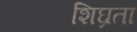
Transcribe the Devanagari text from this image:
शिघ्रता